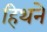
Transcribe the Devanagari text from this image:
हिथने